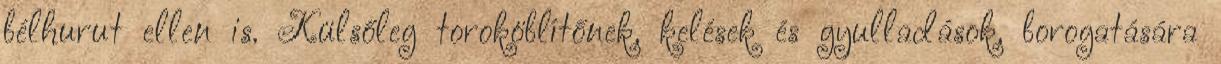
bélhurut ellen is. Külsőleg toroköblítőnek, kelések és gyulladások, borogatására